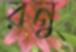
রনু